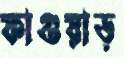
ফাগুয়াড়